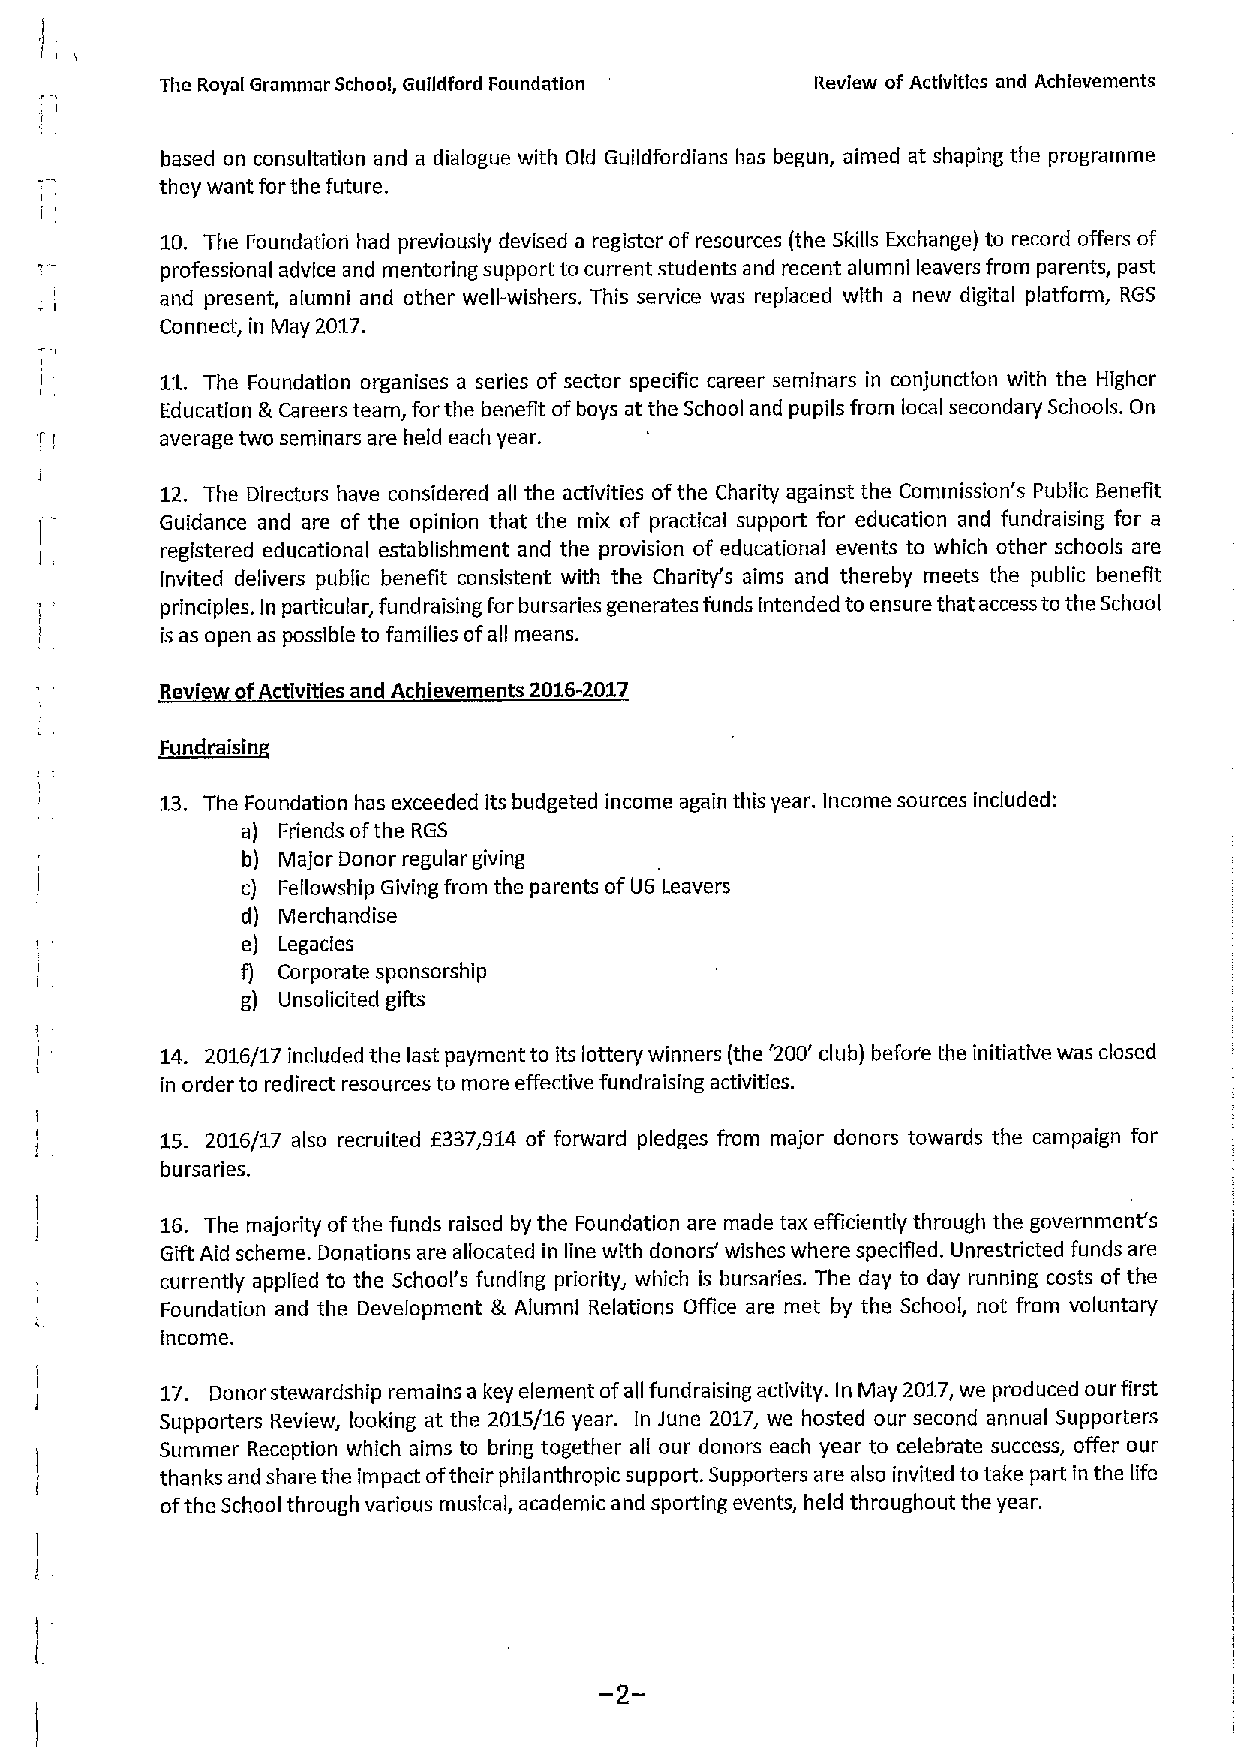
The Royal Grammar School, Guildford Foundation Review ofActivities and Achievements
 based on consultation and a dialogue with Old Guildfordians has begun, aimed at shaping the programme
 they want for the future.
 10. The Foundation had previously devised a register of resources (the Skills Exchange) to record offers of
 professional advice and mentoring support to current students and recent alumni leavers from parents, past
 and present, alumni and other well-wishers, This service was replaced with a new digital platform, RGS
 Connect, in May 2017.
 11. The Foundation organises a series of sector specific career seminars in conjunction with the Higher
 Education
 gd
 Careers team, for the benefit ofboys at the School and pupils from local secondary Schools. On
 average two seminars are held each year.
 12. The Directors have considered all the activities ofthe Charity against the Commission's Public Benefit
 Guidance and are of the opinion that the mix of practical support for education and fundraising for a
 registered educational establishment and the provision of educational events to which other schools are
 Invited delivers public benefit consistent with the Charity's aims and thereby meets the public benefit
 principles. In particular, fundraising for bursaries generates funds intended to ensure that access to the School
 is as open as possible to families ofall means.
 Review ofActivities and Achievements 2016-2017
 13. The Foundation has exceeded its budgeted income again this year. Income sources included:
 a) Friends ofthe RGS
 b) Major Donor regular giving
 c) Fellowship Giving from the parents ofU6 Leavers
 d) Merchandise
 e) Legacies
 f) Corporate sponsorship
 g) Unsolicited gifts
 14. 2016/17 included the last payment to its lottery winners (the '200' club) befor'e the initiative was closed
 in order to redirect resources to more effective fundraising activities.
 15. 2016/17 also recruited f337,914 of forward pledges from major donors towards the campaign for
 bursaries.
 16. The majority ofthe funds raised by the Foundation are made tax efficiently through the government's
 Gift Aid scheme. Donations are allocated in line with donors' wishes where specified. Unrestricted funds are
 currently applied to the School's funding priority, which is bursaries. The day to day running costs of the
 Foundation and the Development gd Alumni Relations Office are met by the School, not from voluntary
 income.
 17. Donor stewardship remains a key element ofall fundraising activity. In May 2017,we produced our first
 Supporters Review, looking at the 2015/16 year. In June 2017, we hosted our second annual Supporters
 Summer Reception which aims to bring together all our donors each year to celebrate success, offer our
 thanks and share the impact oftheir philanthropic support. Supporters are also invited to take part in the life
 ofthe School through various musical, academic and sporting events, held throughout the year.